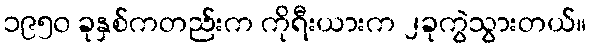
၁၉၅၀ ခုနှစ်ကတည်းက ကိုရီးယားက ၂ခုကွဲသွားတယ်။